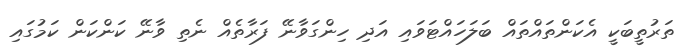
ތަރުތީބަކީ އެކަންތައްތައް ބަލަހައްޓަވައި އަދި ހިންގަވާނޭ ފަރާތެއް ނެތި ވާނޭ ކަންކަން ކަމުގައި